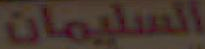
السليمان